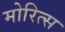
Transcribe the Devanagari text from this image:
मोरित्स